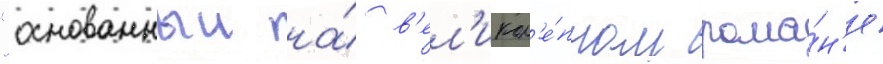
"основанныи на́ в'ел'икол'е́пном рома́н'е